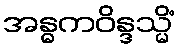
အန္ဓကဝိန္ဒသ္မိံ